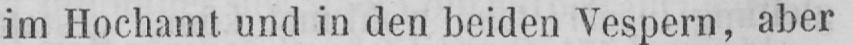
im Hochamt und in den beiden Vespern, aber